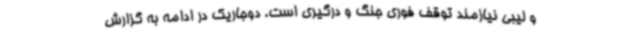
و لیبی نیازمند توقف فوری جنگ و درگیری است. دوجاریک در ادامه به گزارش